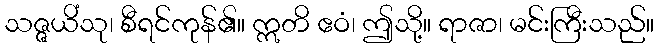
သဇ္ဇယိံသု၊ စီရင်ကုန်၏။ ဣတိ ဧဝံ၊ ဤသို့။ ရာဇာ၊ မင်းကြီးသည်။